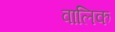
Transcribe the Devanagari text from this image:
वालिक